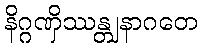
နိဂ္ဂဏှိဿန္တျနာဂတေ